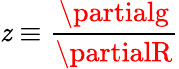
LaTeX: \mathit{z}\equiv\frac{{\partialg}}{{\partialR}}